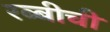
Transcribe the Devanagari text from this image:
रब्बीची